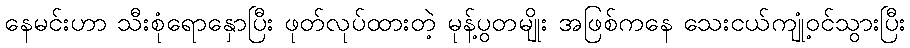
နေမင်းဟာ သီးစုံရောနှောပြီး ဖုတ်လုပ်ထားတဲ့ မုန့်ပွတမျိုး အဖြစ်ကနေ သေးငယ်ကျုံ့ဝင်သွားပြီး